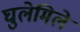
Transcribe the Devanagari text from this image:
घुलेमिले